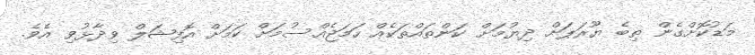
މަޑުކޮށްގެން ތިބެ ޔޫރަޕަށް ދިޔުމަށް ކަންތައްތަކެއް ހަމަޖެއްސުމަށް ކަމަށް އޮފިޝަލް ވިދާޅުވި އެވެ.